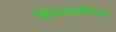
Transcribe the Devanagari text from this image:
विलियमसोनिएला